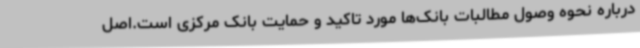
درباره نحوه وصول مطالبات بانک‌ها مورد تاکید و حمایت بانک مرکزی است.اصل